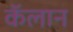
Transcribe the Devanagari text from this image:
कॅलान